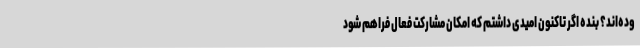
وده‌اند؟ بنده اگر تاکنون امیدی داشتم که امکان مشارکت فعال فراهم شود